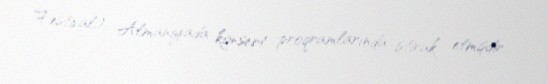
Festival), Almaniyada konsert proqramlarında iştirak etmişdir.